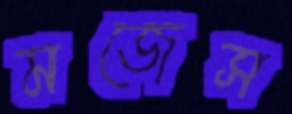
মজেস